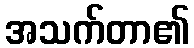
အသက်တာ၏